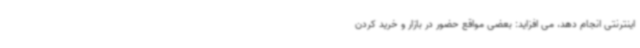
اینترنتی انجام دهد، می افزاید: بعضی مواقع حضور در بازار و خرید کردن